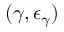
( \gamma , \epsilon _ { \gamma } )